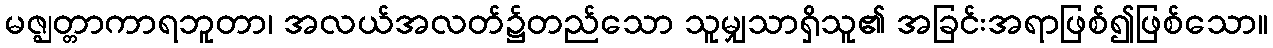
မဇ္ဈတ္တာကာရဘူတာ၊ အလယ်အလတ်၌တည်သော သူမျှသာရှိသူ၏ အခြင်းအရာဖြစ်၍ဖြစ်သော။